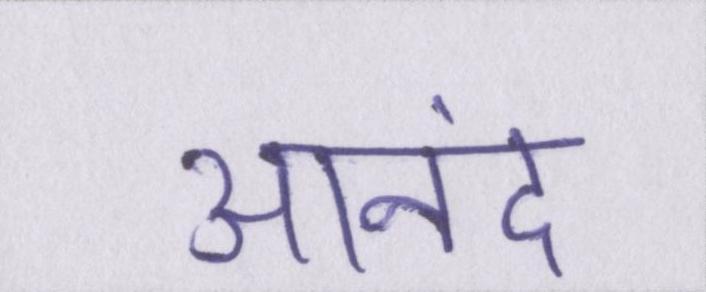
आनंद